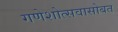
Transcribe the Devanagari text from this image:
गणेशोत्सवासोबत